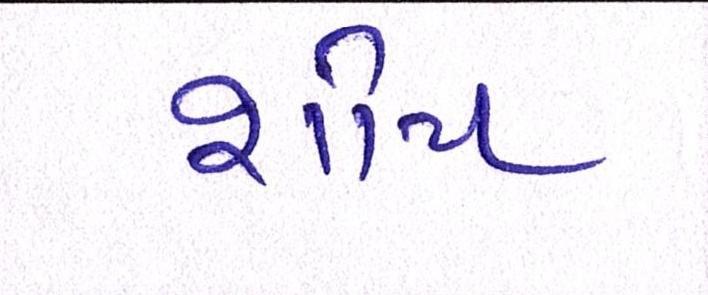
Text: શોપ